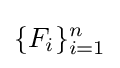
\{F_{i}\}_{i=1}^{n}